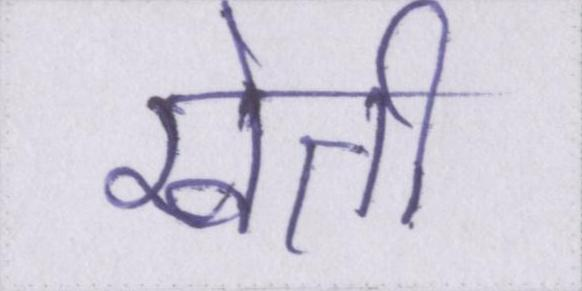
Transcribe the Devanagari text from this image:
खेती